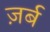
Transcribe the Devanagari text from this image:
ज़र्ब